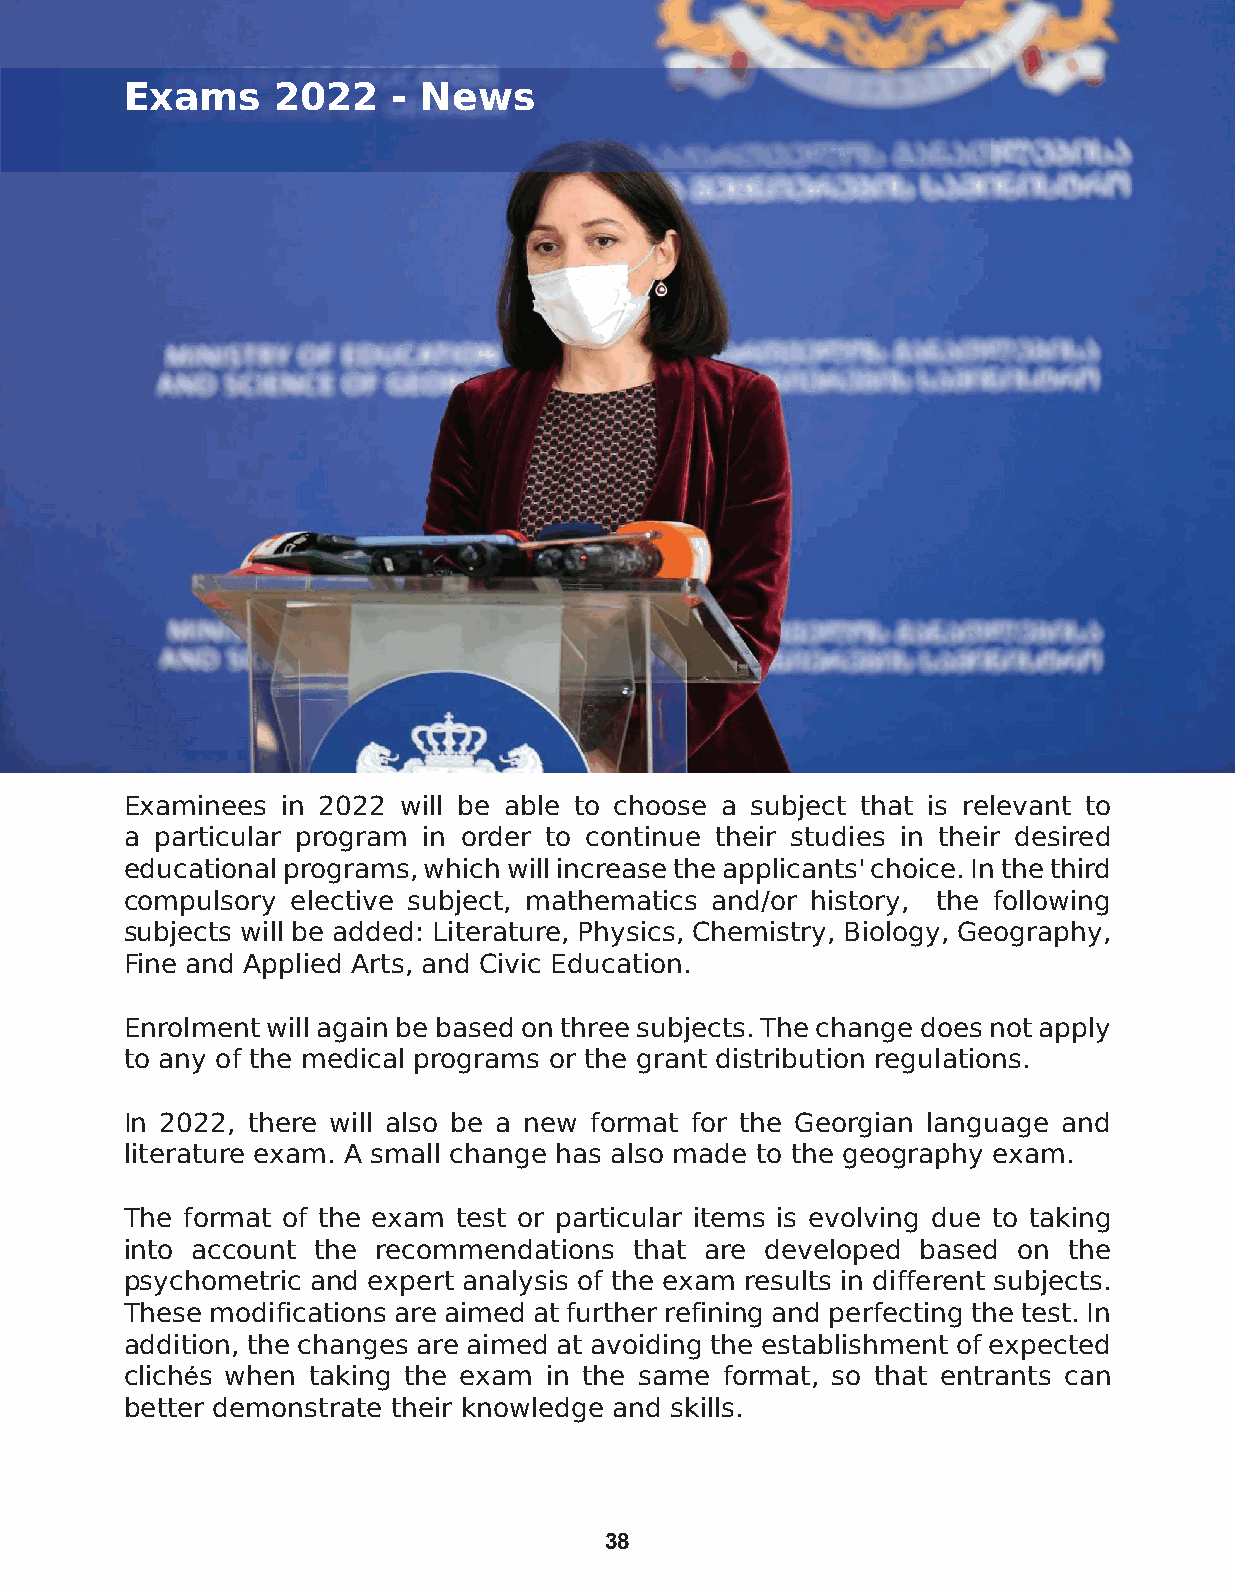
Exams     2022    - News
 Examinees in 2022 will be able to choose a subject that is relevant to
 a particular program in order to continue their studies in their desired
 educational programs, which will increase the applicants' choice. In the third
 compulsory elective subject, mathematics and/or history, the following
 subjects will be added: Literature, Physics, Chemistry, Biology, Geography,
 Fine and Applied Arts, and Civic Education.
 Enrolment will again be based on three subjects. The change does not apply
 to any of the medical programs or the grant distribution regulations.
 In 2022, there will also be a new format for the Georgian language and
 literature exam. A small change has also made to the geography exam.
 The format of the exam test or particular items is evolving due to taking
 into account the recommendations  that are developed based on the
 psychometric and expert analysis of the exam results in different subjects.
 These modifications are aimed at further refining and perfecting the test. In
 addition, the changes are aimed at avoiding the establishment of expected
 clichés when taking the exam in the same format, so that entrants can
 better demonstrate their knowledge and skills.
 38